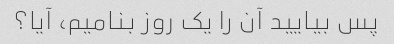
پس بیایید آن را یک روز بنامیم، آیا؟